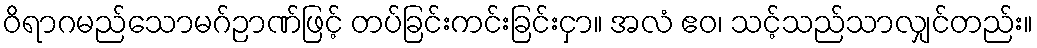
ဝိရာဂမည်သောမဂ်ဉာဏ်ဖြင့် တပ်ခြင်းကင်းခြင်းငှာ။ အလံ ဧဝ၊ သင့်သည်သာလျှင်တည်း။